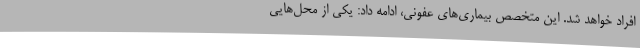
افراد خواهد شد. این متخصص بیماری‌های عفونی، ادامه داد: یکی از محل‌هایی